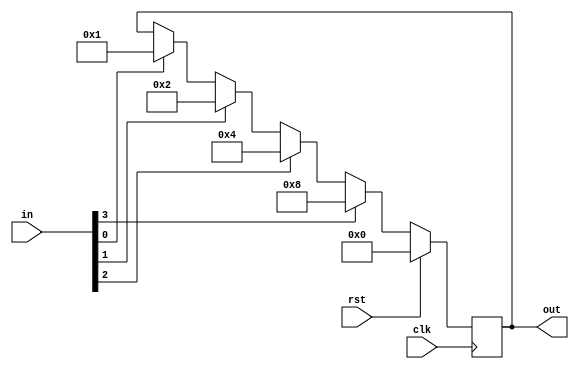
`timescale 1ns / 1ps
//////////////////////////////////////////////////////////////////////////////////
// Company: 
// Engineer: 
// 
// Design Name: 
// Module Name: fixed_priority_arbiter
// Project Name: 
// Target Devices: 
// Tool Versions: 
// Description: 
// 
// Dependencies: 
// 
// Revision:
// Revision 0.01 - File Created
// Additional Comments:
// 
//////////////////////////////////////////////////////////////////////////////////


module fixed_priority_arbiter(in,clk,rst,out);
input [3:0] in;// requestors
input clk,rst;
output reg [3:0] out; // grant access to requestors

always@(posedge clk)
begin
 if(rst)
  out<= 0;   
  
 else if (in[3])
  out <= 4'b1000; 
   else if (in[2])
  out <= 4'b0100; 
   else if (in[1])
  out <= 4'b0010; 
   else if (in[0])
  out <= 4'b0001; 
  
 end
endmodule